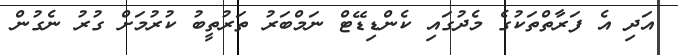
އަދި އެ ފަރާތްތަކުގެ މެދުގައި ކެންޑިޑޭޓް ނަމްބަރު ތަރުތީބު ކުރުމަށް ގުރު ނެގުން